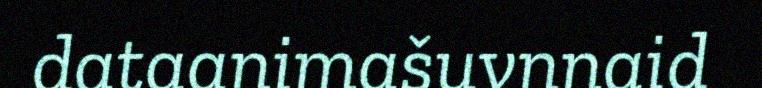
dataanimašuvnnaid